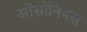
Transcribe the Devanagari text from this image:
ऑसोनियस